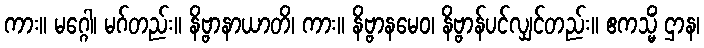
ကား။ မဂ္ဂေါ၊ မဂ်တည်း။ နိဗ္ဗာနာယာတိ၊ ကား။ နိဗ္ဗာနမေဝ၊ နိဗ္ဗာန်ပင်လျှင်တည်း။ ဧကသ္မိံ ဌာန၊